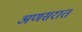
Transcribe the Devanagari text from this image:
अणसरात